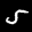
Label: 5